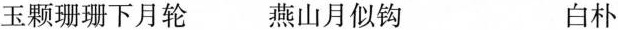
玉颗珊珊下月轮 燕山月似钩 白朴